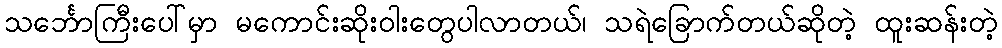
သင်္ဘောကြီးပေါ်မှာ မကောင်းဆိုးဝါးတွေပါလာတယ်၊ သရဲခြောက်တယ်ဆိုတဲ့ ထူးဆန်းတဲ့